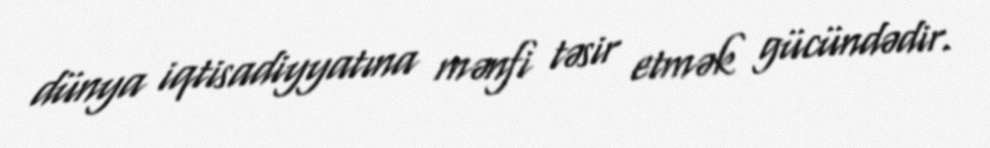
dünya iqtisadiyyatına mənfi təsir etmək gücündədir.